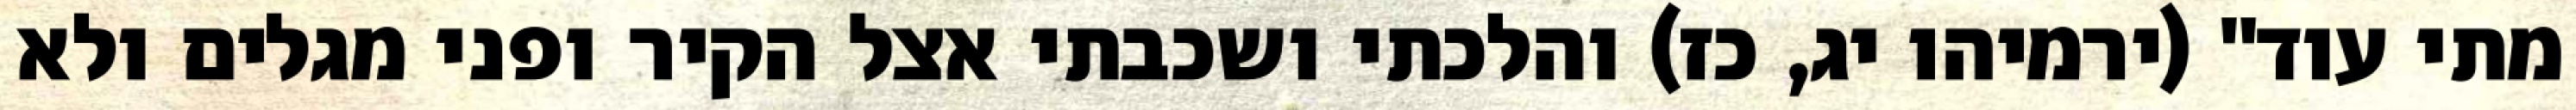
מתי עוד" (ירמיהו יג, כז) והלכתי ושכבתי אצל הקיר ופני מגלים ולא